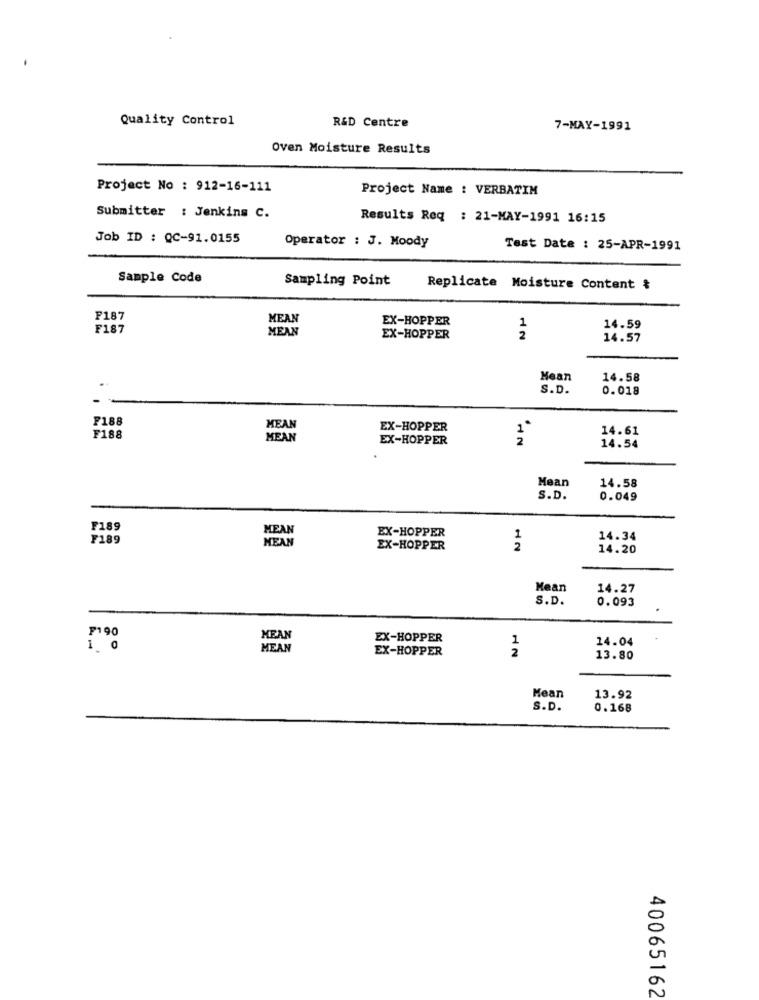
Quality Control
R&D Centre
7-MAY-1991
Oven Moisture Results
Project No : 912-16-111
Project Name : VERBATIM
Submitter : Jenkins C.
Results Req : 21-MAY-1991 16:15
Job ID : QC-91.0155
Operator : J. Moody
Test Date : 25-APR-1991
Sample Code
Sampling Point
Replicate Moisture Content &
F187
MEAN
EX-HOPPER
F187
MEAN
1
14.59
EX-HOPPER
2
14.57
Mean
14.58
S.D.
0.018
F188
MEAN
EX-HOPPER
14.61
F188
MEAN
EX-HOPPER
IN
14.54
Mean
14.58
S.D.
0.049
F189
MEAN
7189
MEAN
EX-HOPPER
1
14.34
EX-HOPPER
2
14.20
Mean
14.27
S.D.
0.093
F190
MEAN
EX-HOPPER
1
14.04
1 0
MEAN
EX-HOPPER
2
13.80
Mean
13.92
S.D.
0.168
40065162